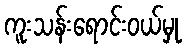
ကူးသန်းရောင်းဝယ်မှု